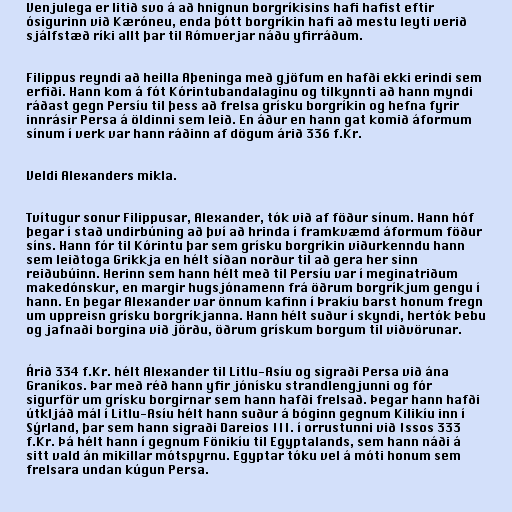
Venjulega er litið svo á að hnignun borgríkisins hafi hafist eftir
ósigurinn við Kæróneu, enda þótt borgríkin hafi að mestu leyti verið
sjálfstæð ríki allt þar til Rómverjar náðu yfirráðum.

Filippus reyndi að heilla Aþeninga með gjöfum en hafði ekki erindi sem
erfiði. Hann kom á fót Kórintubandalaginu og tilkynnti að hann myndi
ráðast gegn Persíu til þess að frelsa grísku borgríkin og hefna fyrir
innrásir Persa á öldinni sem leið. En áður en hann gat komið áformum
sínum í verk var hann ráðinn af dögum árið 336 f.Kr.

Veldi Alexanders mikla.

Tvítugur sonur Filippusar, Alexander, tók við af föður sínum. Hann hóf
þegar í stað undirbúning að því að hrinda í framkvæmd áformum föður
síns. Hann fór til Kórintu þar sem grísku borgríkin viðurkenndu hann
sem leiðtoga Grikkja en hélt síðan norður til að gera her sinn
reiðubúinn. Herinn sem hann hélt með til Persíu var í meginatriðum
makedónskur, en margir hugsjónamenn frá öðrum borgríkjum gengu í
hann. En þegar Alexander var önnum kafinn í Þrakíu barst honum fregn
um uppreisn grísku borgríkjanna. Hann hélt suður í skyndi, hertók Þebu
og jafnaði borgina við jörðu, öðrum grískum borgum til viðvörunar.

Árið 334 f.Kr. hélt Alexander til Litlu-Asíu og sigraði Persa við ána
Graníkos. Þar með réð hann yfir jónísku strandlengjunni og fór
sigurför um grísku borgirnar sem hann hafði frelsað. Þegar hann hafði
útkljáð mál í Litlu-Asíu hélt hann suður á bóginn gegnum Kilikíu inn í
Sýrland, þar sem hann sigraði Dareios III. í orrustunni við Issos 333
f.Kr. Þá hélt hann í gegnum Fönikíu til Egyptalands, sem hann náði á
sitt vald án mikillar mótspyrnu. Egyptar tóku vel á móti honum sem
frelsara undan kúgun Persa.